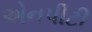
એનપીટી